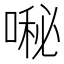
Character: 𱓷